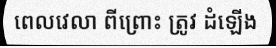
ពេលវេលា ពីព្រោះ ត្រូវ ដំឡើង